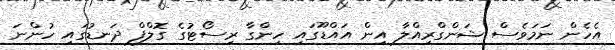
އެހެން ނަމަވެސް ޝަންގްރިއްލާ އިން އައްޑޫގައި ހިންގާ ރިސޯޓުގެ ގޮލްފް ދަނޑުގައި ހުންނަ